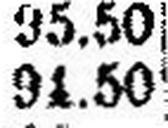
91.50